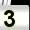
Digit: 3